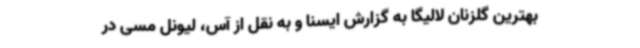
بهترین گلزنان لالیگا به گزارش ایسنا و به نقل از آس، لیونل مسی در